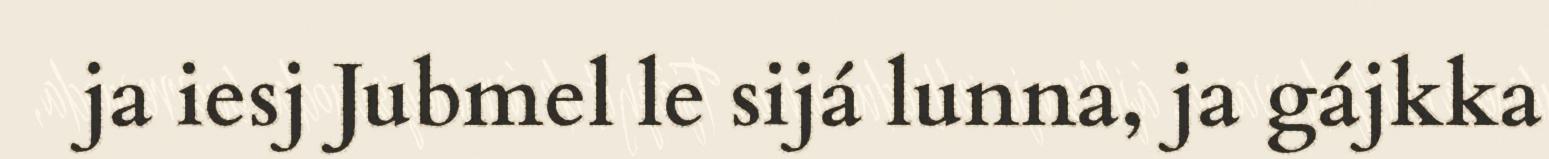
ja iesj Jubmel le sijá lunna, ja gájkka